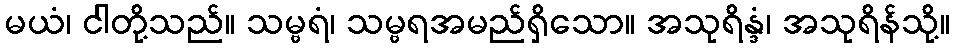
မယံ၊ ငါတို့သည်။ သမ္ဗရံ၊ သမ္ဗရအမည်ရှိသော။ အသုရိန္ဒံ၊ အသုရိန်သို့။